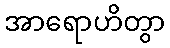
အာရောဟိတွာ